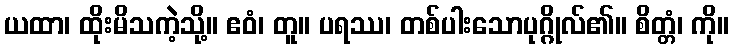
ယထာ၊ ထိုးမိသကဲ့သို့။ ဧဝံ၊ တူ။ ပရဿ၊ တစ်ပါးသောပုဂ္ဂိုလ်၏။ စိတ္တံ၊ ကို။